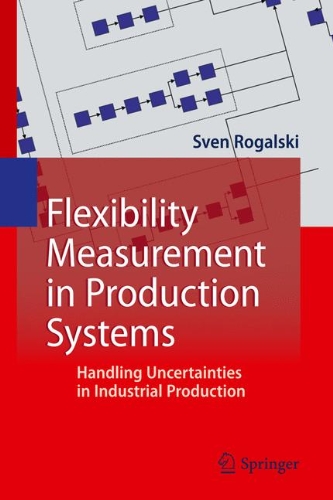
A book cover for Flexibility Measurement in Production Systems: Handling Uncertainties in Industrial Production; Sven Rogalski; Computers & Technology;